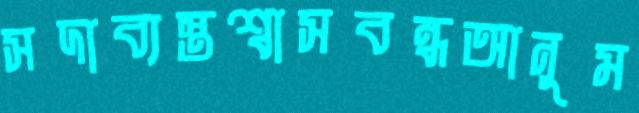
সদাব্যস্তশ্বাসবন্ধআনুম